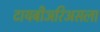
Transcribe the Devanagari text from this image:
टायबीअरिअसला